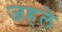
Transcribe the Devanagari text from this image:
जहले